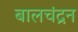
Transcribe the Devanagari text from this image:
बालचंद्रन